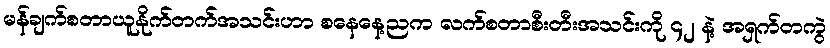
မန်ချက်စတာယူနိုက်တက်အသင်းဟာ စနေနေ့ညက လက်စတာစီးတီးအသင်းကို ၄၂ နဲ့ အရှက်တကွဲ